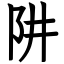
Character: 阱